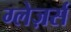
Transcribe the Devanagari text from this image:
ग्लेज़र्स